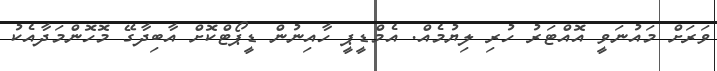
ވަރަށް މައުނަވީ އޮއްޓަރު ހުރި ލިޔުމެއް. އެމްޑީޕީ ހާއިނުން ޑީޕޯޓްކޮށް އާބިދާގޭ މޮހޮންމަދާއެކު